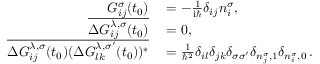
\begin{array} { r l } { G _ { i j } ^ { \sigma } ( t _ { 0 } ) } & { { } = - \frac { 1 } { \mathrm { i } \hbar } \delta _ { i j } n _ { i } ^ { \sigma } , } \\ { \overline { { \Delta G _ { i j } ^ { \lambda , \sigma } ( t _ { 0 } ) } } } & { { } = 0 , } \\ { \overline { { \Delta G _ { i j } ^ { \lambda , \sigma } ( t _ { 0 } ) ( \Delta G _ { l k } ^ { \lambda , \sigma ^ { \prime } } ( t _ { 0 } ) ) ^ { * } } } } & { { } = \frac { 1 } { \hbar ^ { 2 } } \delta _ { i l } \delta _ { j k } \delta _ { \sigma \sigma ^ { \prime } } \delta _ { n _ { j } ^ { \sigma } , 1 } \delta _ { n _ { i } ^ { \sigma } , 0 } \, . } \end{array}